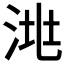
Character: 𣴧